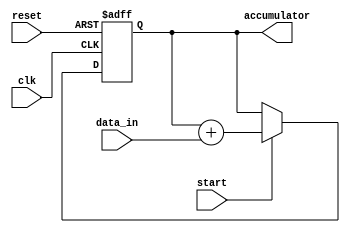
module fixed_point_accumulator(
    input wire signed [15:0] data_in,
    input wire clk,
    input wire reset,
    input wire start,
    output reg signed [15:0] accumulator
);
    
always @(posedge clk or posedge reset) begin
    if (reset) begin
        accumulator <= 16'b0; // Initialize accumulator to 0
    end else if (start) begin
        accumulator <= accumulator + data_in; // Perform addition and accumulate
    end
end

endmodule